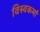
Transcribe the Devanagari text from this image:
विस्वकर्मा